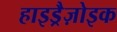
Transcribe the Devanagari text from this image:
हाइड्रैज़ोइक